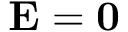
{ \bf E = 0 }